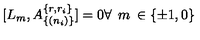
[ L _ { m } , A _ { \{ ( n _ { i } ) \} } ^ { \{ r , r _ { i } \} } ] = 0 \forall \: \: m \: \in \{ \pm 1 , 0 \}